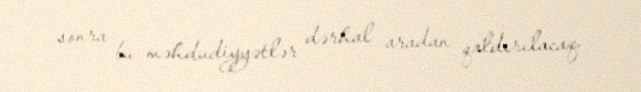
sonra bu məhdudiyyətlər dərhal aradan qaldırılacaq.